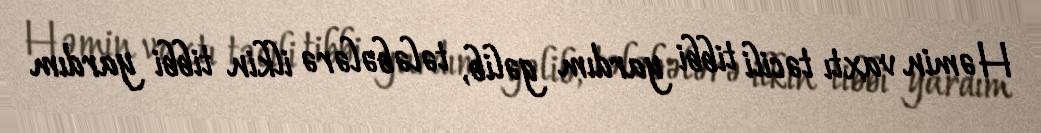
Həmin vaxtı təcili tibbi yardım gəlib, tələbələrə ilkin tibbi yardım